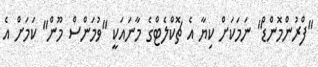
"ފްރުންމޮންޑް" ނަމަކަށް ކިޔާ އެ ޗޮކްލެޓްގެ މާނައަކީ "ވުމަންސް މޫން" ކަމަށް އެ